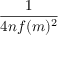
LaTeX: \frac { 1 } { 4 n f ( m ) ^ { 2 } }